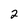
Character: 2